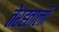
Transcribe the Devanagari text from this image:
तेरह्ताली